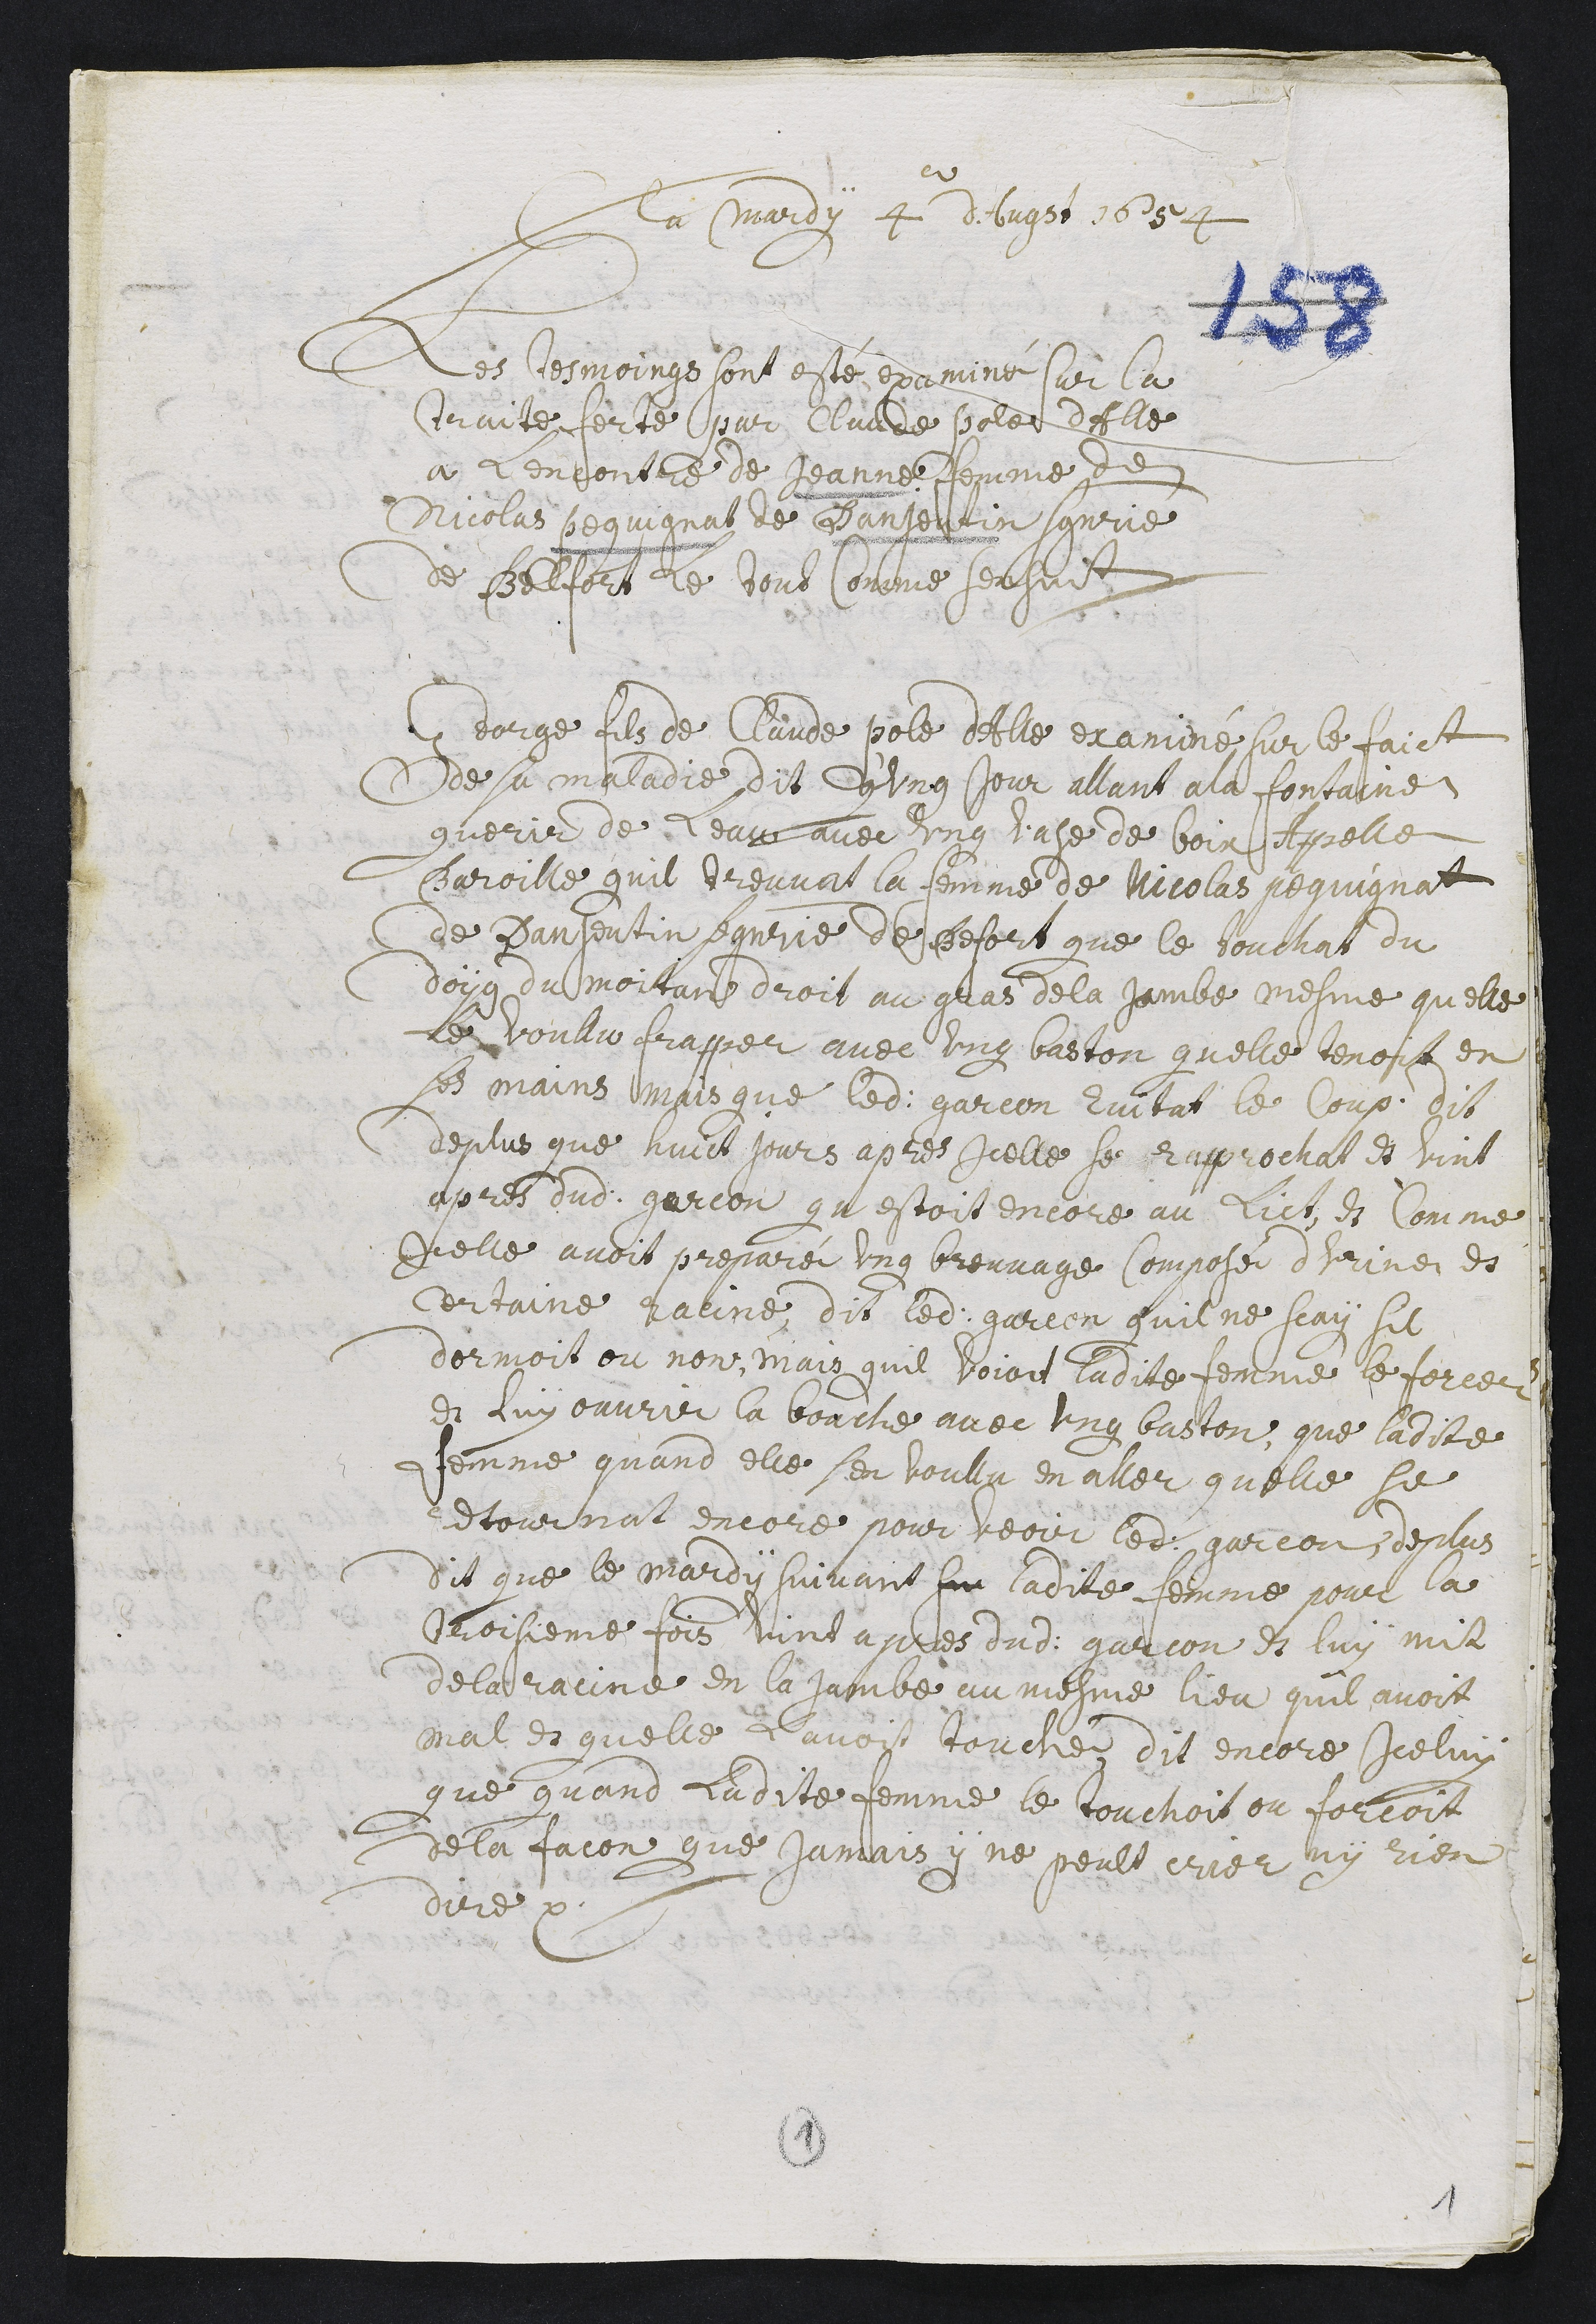
Le mardy 4 dAugst 1654
Les tesmoings sont esté examiné sur la
traite feicte par Claude Pole dAlle
a Lencontre de jeanne femme de
Nicolas pequignat de Danjoutin seigneurie
de Belfort Le tout Comme sensuit
George fils de Claude Pole dAlle examiné sur le faict
de sa maladie dit qu’ung jour allant a la fontaine
querir de Leau avec ung vase de boix appellé
Baroille qu’il treuvat la femme de Nicolas Pequignat
de Danjoutin, seigneurie de Befort que le touchat du
doyg du moitan droit au gras de la jambe mesme quelle
le voullu frapper avec ung baston quelle tenoit en
ses mains mais que ledit garcon evitat le coup. Dit
de plus que huict jours apres icelle se raprochat et vint
apres dudit garcon qu estoit encore au lict. Et comme
icelle avoit preparé ung breuvage composé d’urine et
certaine racine, dit ledit garcon quil ne scay sil
dormoit ou non, mais qu’il voioit ladite femme le forcer
et luy ouvrir la bouche avec ung baston. Que ladite
femme quand elle sen voullu en aller quelle se
retournat encore pour veoir ledit garcon. De plus
dit que le mardy suivant sur ladite femme, pour la
troisieme fois, vint apres dudit garcon et luy mit
de la racine en la jambe au mesme lieu quil avoit
mal et quelle lavoit touché. Dit encore iceluy
que quand ladite femme le touchoit ou forcoit
de la facon que jamais y ne peult crier ny rien
dire etc.